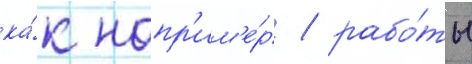
ка́к напр'им'е́р / рабо́ты